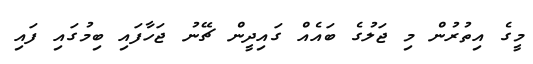
މީގެ އިތުރުން މި ޖަލުގެ ބައެއް ގައިދީން ޗޭނު ޖަހާފައި ބިމުގައި ފައި